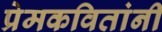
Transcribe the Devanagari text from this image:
प्रेमकवितांनी